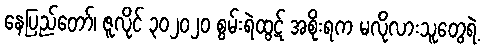
နေပြည်တော်၊ ဇူလိုင် ၃၀၂၀၂၀ စွမ်းရဲထွဋ် အစိုးရက မလိုလားသူတွေရဲ့